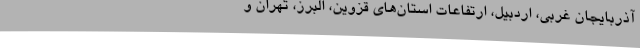
آذربایجان غربی، اردبیل، ارتفاعات استان‌های قزوین، البرز، تهران و